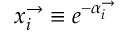
x _ { i } ^ { \rightarrow } \equiv e ^ { - \alpha _ { i } ^ { \rightarrow } }